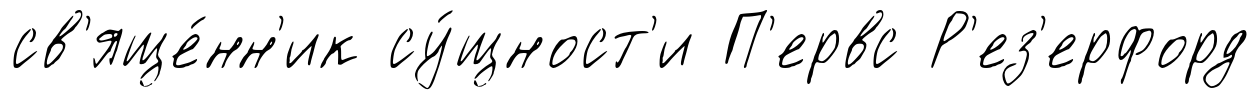
св'яще́нн'ик су́щност'и П'ервс Р'ез'ерфорд